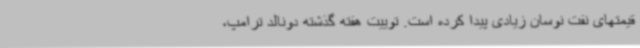
قیمتهای نفت نوسان زیادی پیدا کرده است. توییت هفته گذشته دونالد ترامپ،